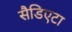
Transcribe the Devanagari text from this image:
सैडिएटा